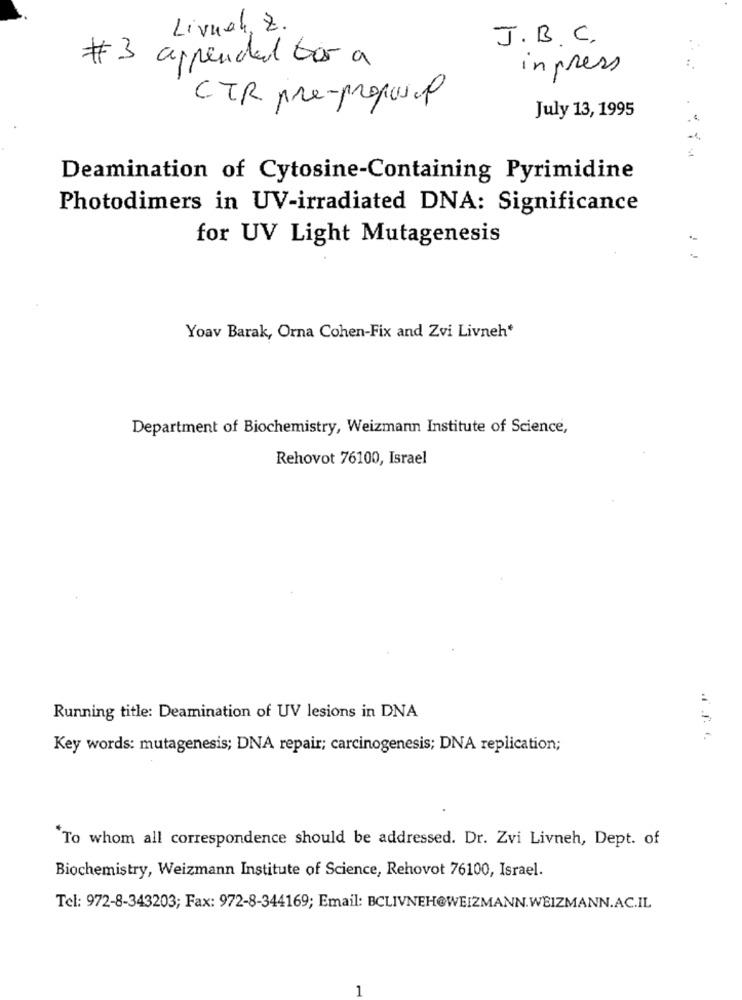
Livnak, Z.
J.B.C.
# 3 appended tor a
inpress
CTR pre-proposal
July 13, 1995
Deamination of Cytosine-Containing Pyrimidine
Photodimers in UV-irradiated DNA: Significance
for UV Light Mutagenesis
Yoav Barak, Orna Cohen-Fix and Zvi Livneh*
Department of Biochemistry, Weizmann Institute of Science,
Rehovot 76100, Israel
:
Running title: Deamination of UV lesions in DNA
Key words: mutagenesis; DNA repair; carcinogenesis; DNA replication;
"To whom all correspondence should be addressed. Dr. Zvi Livneh, Dept. of
Biochemistry, Weizmann Institute of Science, Rehovot 76100, Israel.
Tel: 972-8-343203; Fax: 972-8-344169; Email: BCLIVNEH@WEIZMANN.WEIZMANN.AC.IL